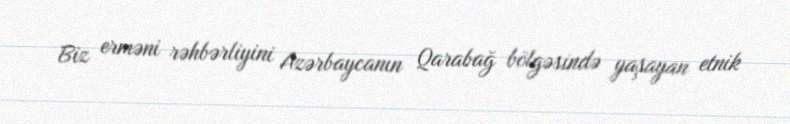
Biz erməni rəhbərliyini Azərbaycanın Qarabağ bölgəsində yaşayan etnik